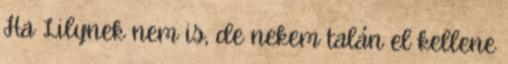
Ha Lilynek nem is, de nekem talán el kellene